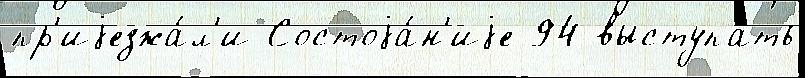
пр'иjезжа́л'и Состоjа́н'иjе 94 выступа́ть